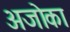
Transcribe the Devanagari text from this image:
अजोका